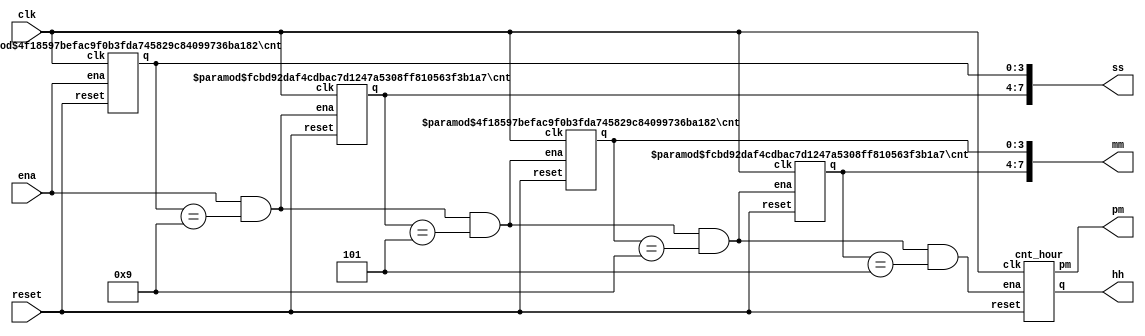
//NOT MY CODE
//Will return to this problem later, all credit for the following code goes to https://github.com/Shengrong-LSR

module top_module (
    input clk,
    input reset,
    input ena,
    output pm,
    output [7:0] hh,
    output [7:0] mm,
    output [7:0] ss
);

wire [4:1] enable;
assign enable[1] = ena && ss[3:0] == 9;
assign enable[2] = enable[1] && ss[7:4] == 5;
assign enable[3] = enable[2] && mm[3:0] == 9;
assign enable[4] = enable[3] && mm[7:4] == 5;
cnt #(.START(0), .END(9)) ss9 (clk, reset, ena, ss[3:0]);
cnt #(.START(0), .END(5)) ss5 (clk, reset, enable[1], ss[7:4]);
cnt #(.START(0), .END(9)) mm9 (clk, reset, enable[2], mm[3:0]);
cnt #(.START(0), .END(5)) mm5 (clk, reset, enable[3], mm[7:4]);
cnt_hour hh12 (clk, reset, enable[4], hh[7:0], pm);

endmodule

module cnt (
    input clk,
    input reset,
    input ena,
    output reg [3:0] q
);
parameter START = 0, END = 9;
always @(posedge clk)
    if (reset) q <= START;
    else if (~ena) q <= q;
    else q <= q < END ? q + 1 : START;
endmodule

module cnt_hour (
    input clk,
    input reset,
    input ena,
    output reg [7:0] q,
    output reg pm
);
always @(posedge clk)
    if (reset) q <= 8'h12;
    else if (~ena) q <= q;
    else case (q)
        8'h12: q <= 8'h01;
        8'h09: q <= 8'h10;
        default: q[3:0] <= q[3:0] + 1;
    endcase
always @(posedge clk)
    if (reset) pm <= 0;
    else if (ena && q == 8'h11) pm <= ~pm;
    else pm <= pm;
endmodule